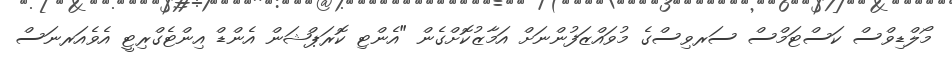
މޯލްޑިވްސް ކަސްޓަމްސް ސަރވިސްގެ މުވައްޒަފުންނަށް އަމާޒުކޮށްގެން "އެންޓި ކޮރަޕްޝަން އެންޑް އިންޓެގްރިޓީ އެވެއަރނަސް